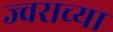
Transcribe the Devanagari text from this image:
ज्वराच्या